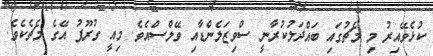
ކުޅެވޭއިރު މި މެޗުގައި ބައްދަލުކުރާނީ ސްވިޒަލެންޑާއި ވޭލްސްއެވެ. މިއީ ގުރޫޕު އޭގެ މެޗެކެވެ.